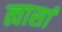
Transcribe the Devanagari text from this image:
त्वासां